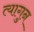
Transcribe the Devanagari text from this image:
त्यागुन